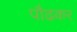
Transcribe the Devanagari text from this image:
पौढकर